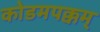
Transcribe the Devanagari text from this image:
कोडमपक्कम्